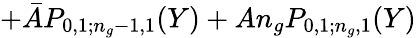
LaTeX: +\bar{A}P_{0,1;n_{g}-1,1}(Y)+An_{g}P_{0,1;n_{g},1}(Y)